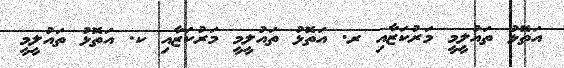
އަތޮޅު ތައުލީމީ މަރުކަޒާއި ރ. އަތޮޅު ތައުލީމީ މަރުކަޒާއި ކ. އަތޮޅު ތައުލީމީ